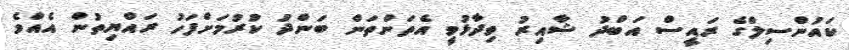
ކައުންސިލްގެ ރައީސް އަބްދު ޝާއިރު ވިދާޅުވީ އެތަންތަން ބަންދު ކުރުމަށްފަހު ރައްޔިތުން އެއްވެ